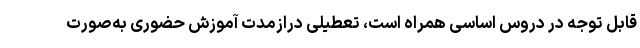
قابل توجه در دروس اساسی همراه است، تعطیلی درازمدت آموزش حضوری به‌صورت